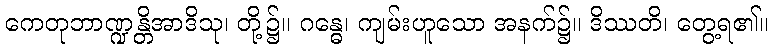
ကေတုဘာဏ္ဍန္တိအာဒိသု၊ တို့၌။ ဂန္ဓေ၊ ကျမ်းဟူသော အနက်၌။ ဒိဿတိ၊ တွေ့ရ၏။